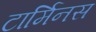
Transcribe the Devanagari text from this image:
टार्मिनस